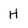
Character: H